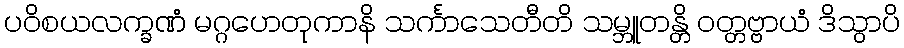
ပဝိစယလက္ခဏံ မဂ္ဂဟေတုကာနိ သင်္ကာသေတီတိ သမ္ဘူတန္တိ ဝတ္တဗ္ဗာယံ ဒိသွာပိ